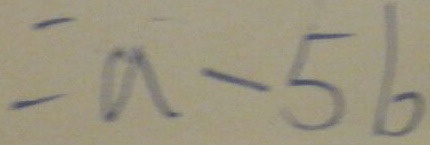
= a - 5 b